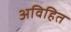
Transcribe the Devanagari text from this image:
अविहित